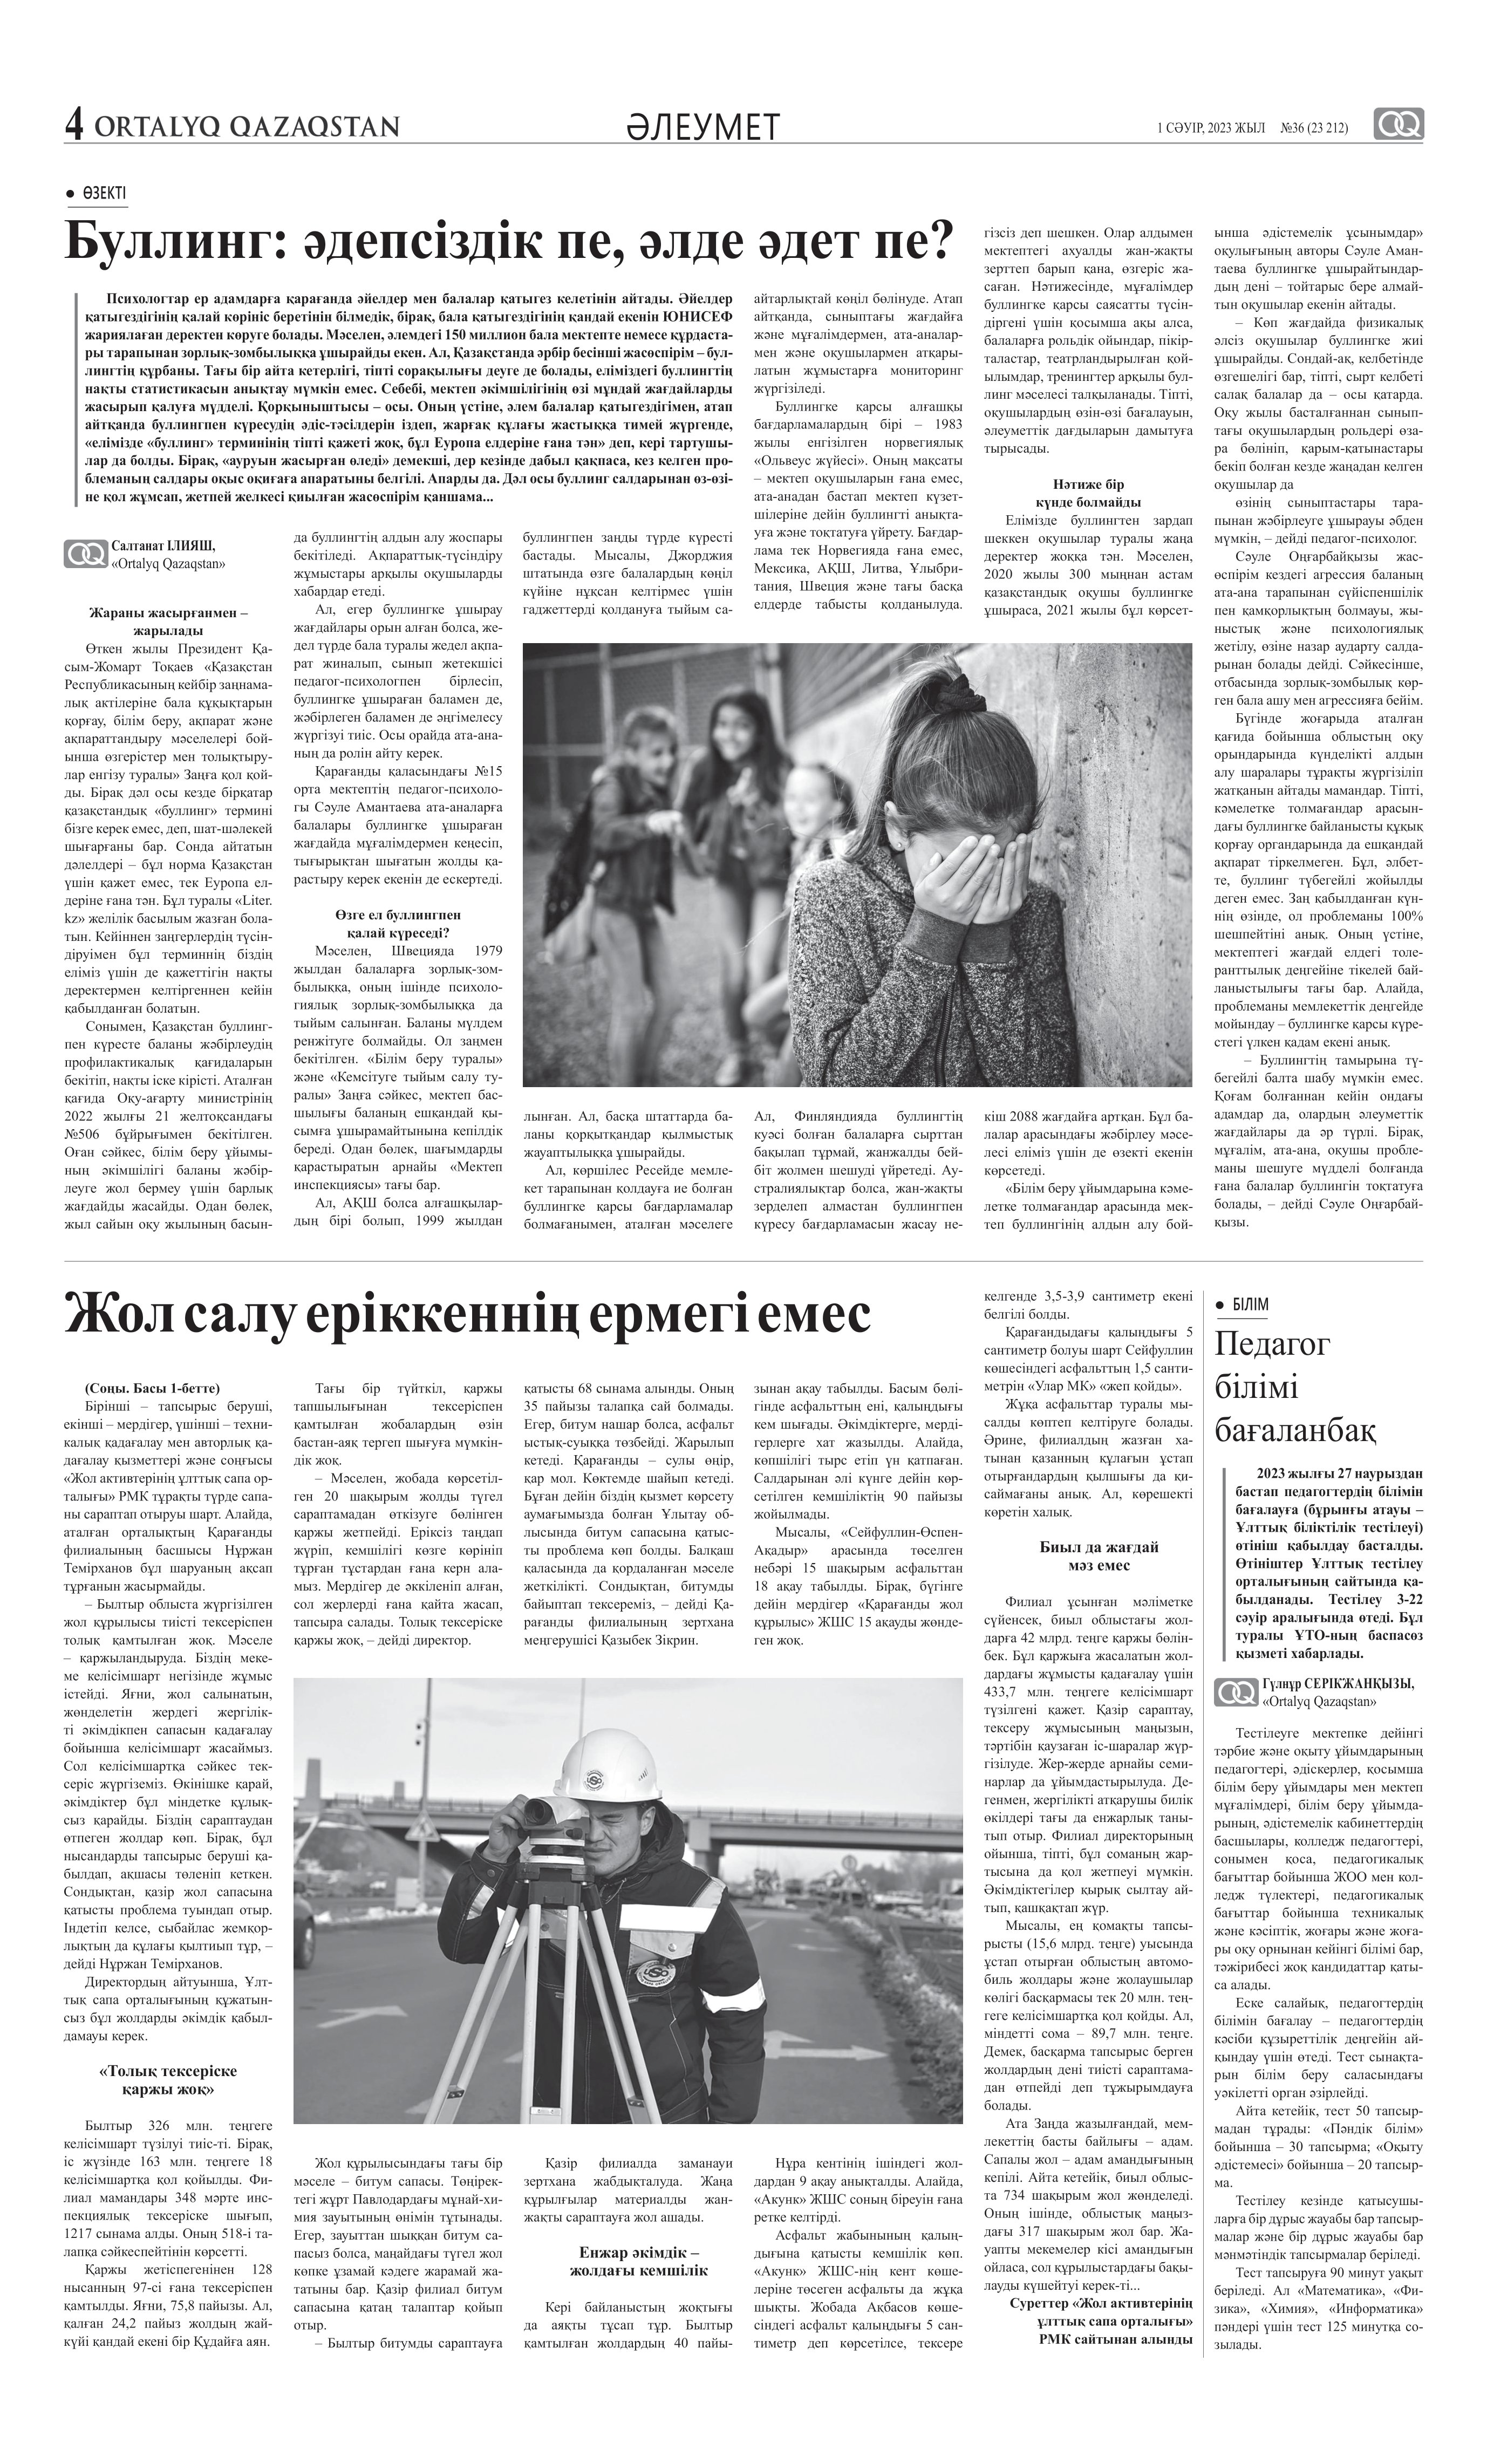
Language: kk